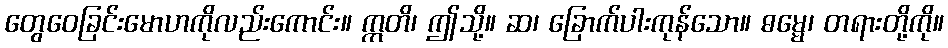
တွေဝေခြင်းမောဟကိုလည်းကောင်း။ ဣတိ၊ ဤသို့။ ဆ၊ ခြောက်ပါးကုန်သော။ ဓမ္မေ၊ တရားတို့ကို။